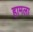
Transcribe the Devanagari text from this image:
हामला